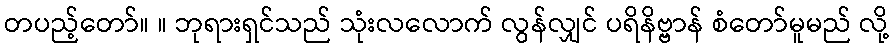
တပည့်တော်။ ။ ဘုရားရှင်သည် သုံးလလောက် လွန်လျှင် ပရိနိဗ္ဗာန် စံတော်မူမည် လို့